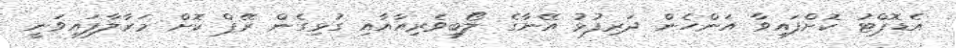
އެޑޮޕްޓު ކޮށްފައިވާ އަންހެން ދަރިފުޅު އޭނާގެ ލޯބިވެރިއާއާއި ގުޅިގެން ރޭޕް ކޮށް މަރާލާފައިވަނީ